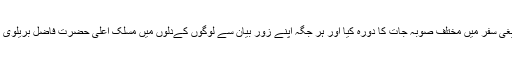
کانپور کے تبلیغی سفر میں مختلف صوبہ جات کا دورہ کیا اور ہر جگہ اپنے زورِ بیان سے لوگوں کےدلوں میں مسلک اعلیٰ حضرت فاضل بریلوی کا عشق جگایا۔